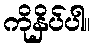
ကိုနှိပ်ပါ။